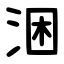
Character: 涃